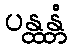
ပန္ထန္တံ